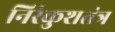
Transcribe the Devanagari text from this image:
निरंकुशतंत्र